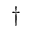
\dagger